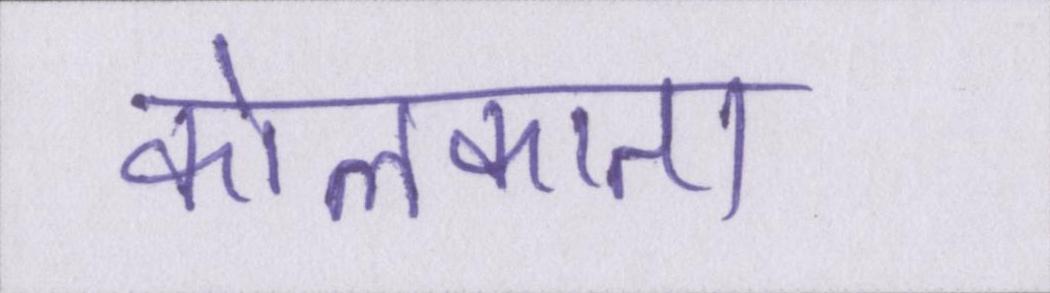
कोलकाता